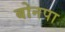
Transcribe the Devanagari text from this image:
बोनपा